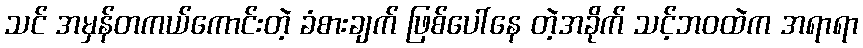
သင် အမှန်တကယ်ကောင်းတဲ့ ခံစားချက် ဖြစ်ပေါ်နေ တဲ့အခိုက် သင့်ဘဝထဲက အရာရာ